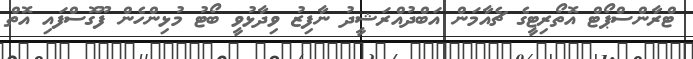
ޓްރާންސްޕޯޓް އޮތޯރިޓީގެ ޗެއާމަން އަބްދުއްރަޝީދު ނާފިޒު ވިދާޅުވީ ބޯޓު މުޅިންހެން ފޫގޮސްފައި އޮތް